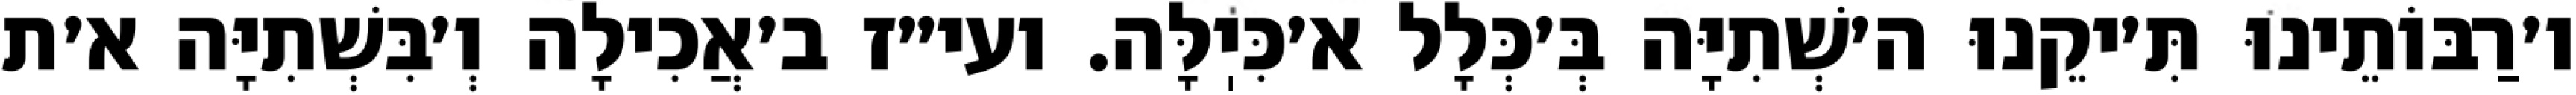
ו׳רַבּוֹתֵינוּ תִּ׳יקֵנוּ ה׳שְׁתִיָּה בְּ׳כְּלָל א׳כִּיֽלָּה. ועי״ז ב׳אֲכִילָה וְ׳בִּשְׁתִיָּה א׳ת